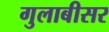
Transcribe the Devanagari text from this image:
गुलाबीसर